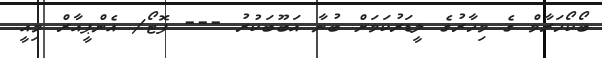
ބޯކޯހަރާމް ގެެ މިހާރުގެ ލީޑަރުކަމަށް ބުނާ އަބޫބަކުރު --- ފޮޓޯ/ އެންޕީއާރް މިއީ